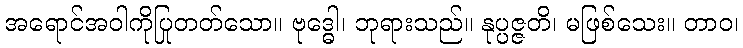
အရောင်အဝါကိုပြုတတ်သော။ ဗုဒ္ဓေါ၊ ဘုရားသည်။ နုပ္ပဇ္ဇတိ၊ မဖြစ်သေး။ တာဝ၊